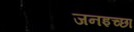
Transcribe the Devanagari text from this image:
जनइच्छा